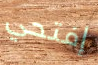
إفتحي